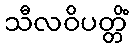
သီလဝိပတ္တိံ